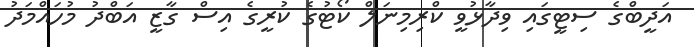
އަދީބްގެ ސިޓީގައި ވިދާޅުވީ ކްރިމިނަލް ކޯޓުގެ ކުރީގެ އިސް ގާޒީ އަބްދު މުހައްމަދު